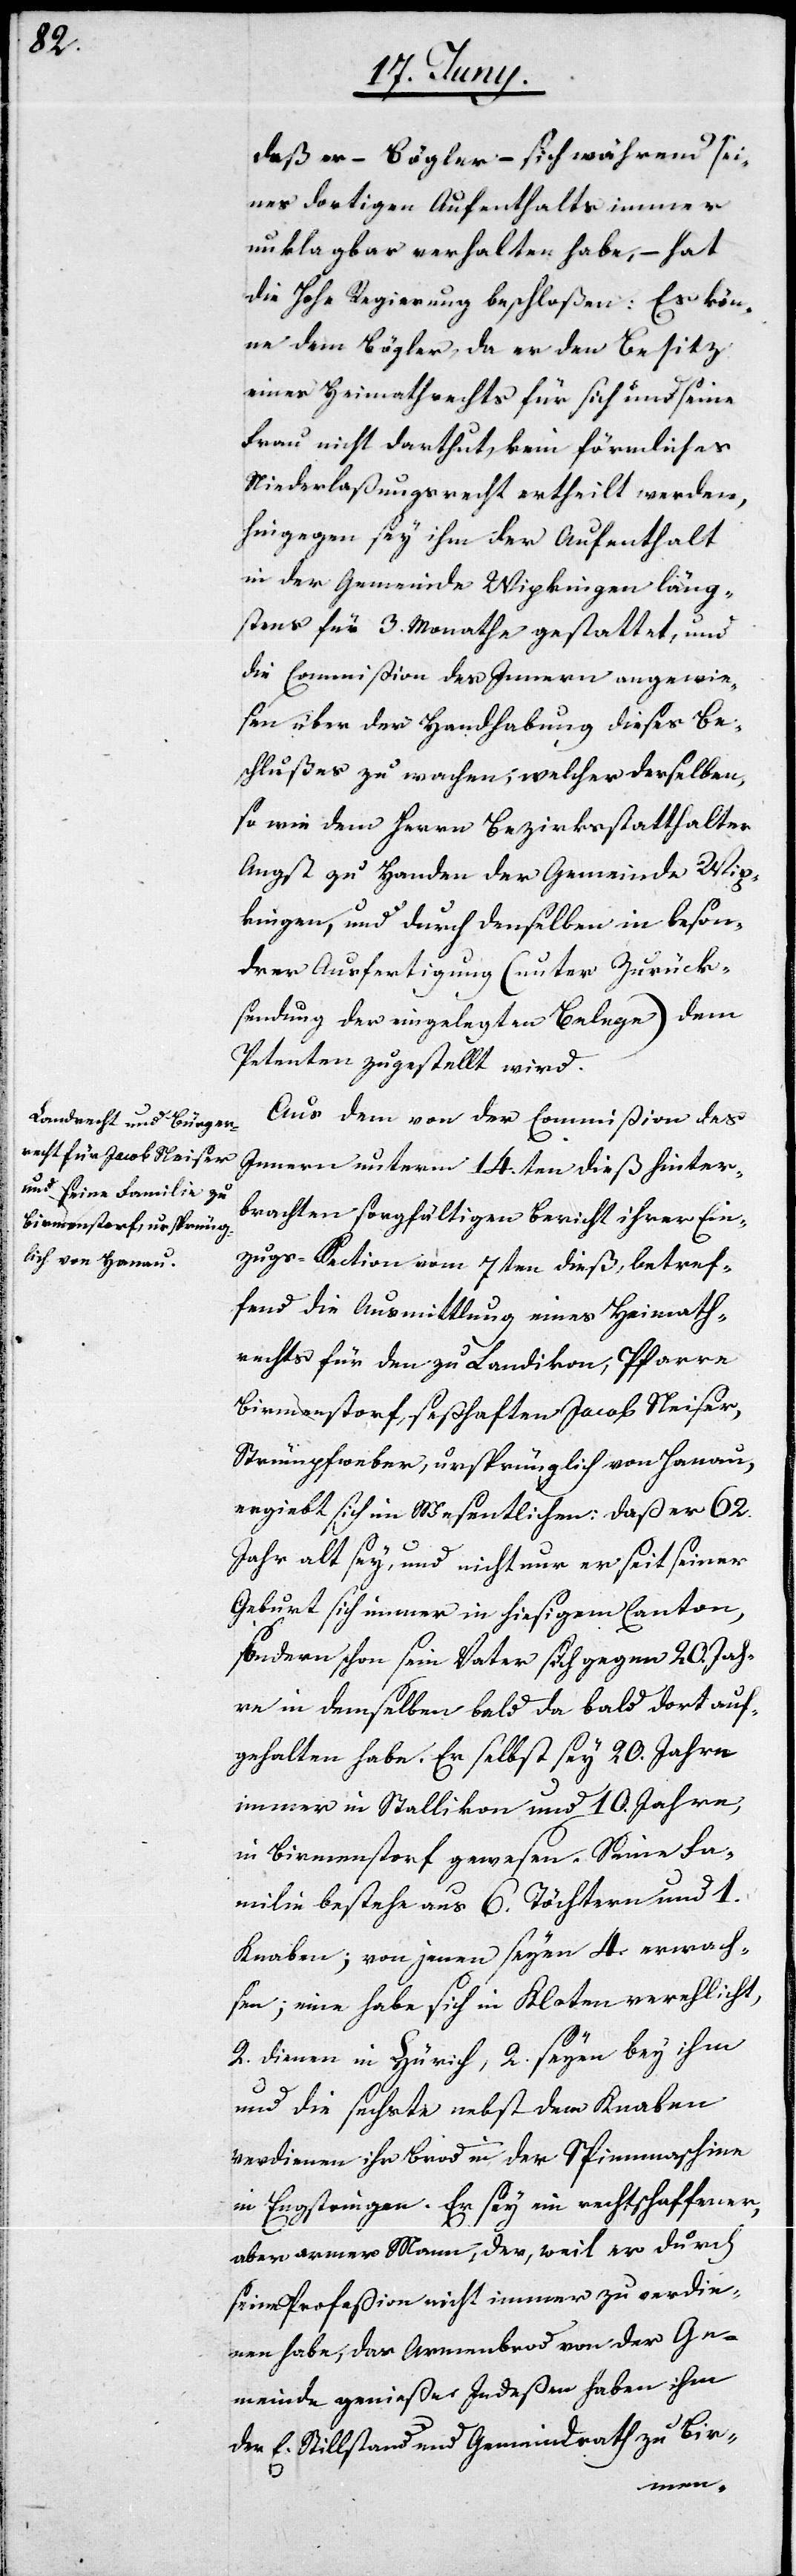
daß er – Bögler – sich während sei¬
nes dortigen Aufenthalts immer
unklagbar verhalten habe, – hat
die Hohe Regierung beschloßen: Es kön¬
ne dem Bögler, da er den Besitz
eines Heimathrechts für sich und seine
Frau nicht darthut, kein förmliches
Niederlaßungsrecht ertheilt werden,
hingegen sey ihm der Aufenthalt
in der Gemeinde Wipkingen läng¬
stens für 3. Monathe gestattet, und
die Commißion des Innern angewie¬
sen über der Handhabung dieses Be¬
schlußes zu wachen, welcher derselben,
so wie dem Herrn Bezirksstatthalter
Angst zu Handen der Gemeinde Wip¬
kingen, und durch denselben in beson¬
derer Ausfertigung (unter Zurück¬
sendung der eingelegten Belege) dem
Petenten zugestellt wird.
Aus dem von der Commißion des
Innern unterm 14.ten dieß hinter¬
brachten sorgfältigen Bericht ihrer Ein¬
zugs-Section vom 7ten dieß, betref¬
fend die Ausmittlung eines Heimath¬
rechts, für den zu Landikon, Pfarre
Birmenstorf, seßhaften Jacob Neiser,
Strümpfweber, ursprünglich von Hanau,
ergiebt sich im Wesentlichen: daß er 62.
Jahr alt sey, und nicht nur er seit seiner
Geburt sich immer in hiesigem Canton,
sondern schon sein Vater sich gegen 20. Jah¬
re in demselben bald dort bald da auf¬
gehalten habe. Er selbst sey 20. Jahre
immer in Stallikon und 10. Jahre
in Birmenstorf gewesen. Seine Fa¬
milie bestehe aus 6. Töchtern und 1.
Knaben; von jenen seyen 4. erwach¬
sen; eine habe sich in Kloten verehelicht,
2. dienen in Zürich, 2. seyen bey ihm
und die sechste nebst dem Knaben
verdienen ihr Brod in der Spinnmaschine
in Engstringen. Er sey ein rechtschaffener,
aber armer Mann, der, weil er durch
seine Profeßion nicht immer zu verdie¬
nen habe, das Armenbrod von der Ge¬
meinde genieße. Indeßen haben ihm
der E. Stillstand und Gemeindrath zu Bir-